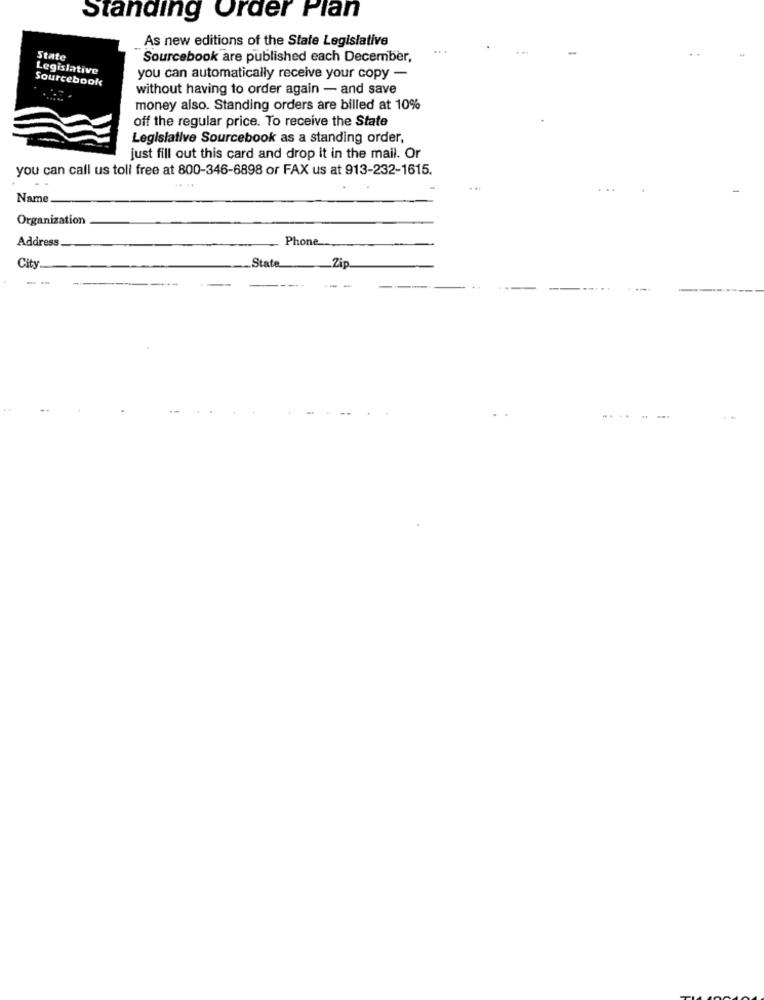
Standing Order Plan
As new editions of the State Legislative
...
State
Sourcebook are published each December,
Legislative
Sourcebook
you can automatically receive your copy -
without having to order again - and save
money also. Standing orders are billed at 10%
off the regular price. To receive the State
Legislative Sourcebook as a standing order,
just fill out this card and drop it in the mail. Or
you can call us toll free at 800-346-6898 or FAX us at 913-232-1615.
.. ..
Name
Organization
Address
Phone
City
_State __ Zip.